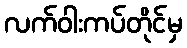
လက်ဝါးကပ်တိုင်မှ